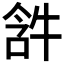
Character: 𤙣